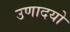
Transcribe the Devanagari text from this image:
उणादयो